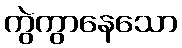
ကွဲကွာနေသော